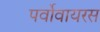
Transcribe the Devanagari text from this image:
पर्वोवायरस